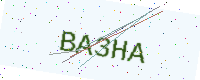
Text: BA3HA